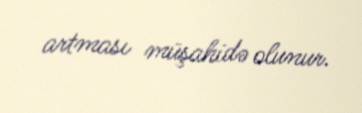
artması müşahidə olunur.